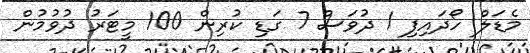
މެޑަލް ހޯދައިފި 1 ދުވަސް 7 ގަޑި ކުރިން 100 މީޓަރު ދުވުމުން